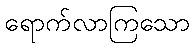
ရောက်လာကြသော